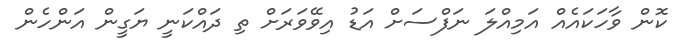
ކޮން ވާހަކައެއް އަމިއްލަ ނަފްސަށް އަޑު އިވޭވަރަށް ތި ދައްކަނީ ޔަގީން އަންހެން